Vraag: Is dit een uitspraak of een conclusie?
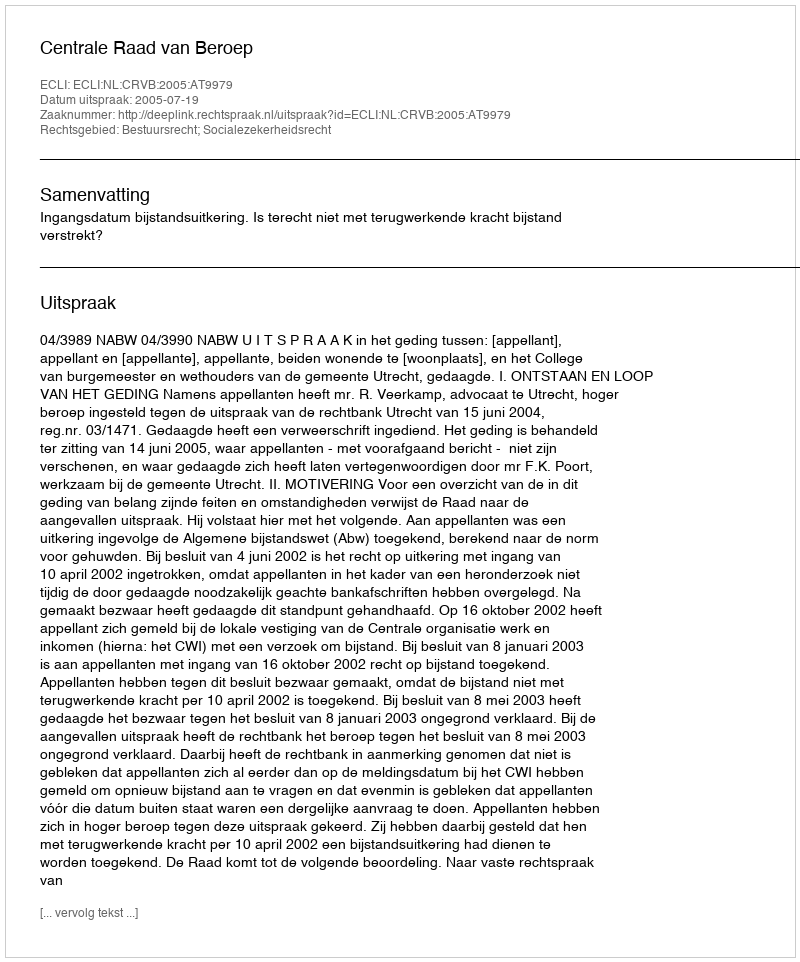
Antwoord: Uitspraak